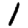
Digit: 1